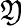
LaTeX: \mathfrak{Y}